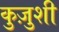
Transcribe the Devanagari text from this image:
कुज़ुशी